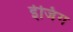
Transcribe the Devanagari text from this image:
ईजिंग